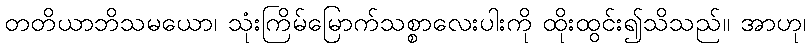
တတိယာဘိသမယော၊ သုံးကြိမ်မြောက်သစ္စာလေးပါးကို ထိုးထွင်း၍သိသည်။ အာဟု၊